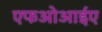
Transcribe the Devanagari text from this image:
एफओआईए